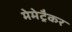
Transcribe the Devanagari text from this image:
मेमेट्रैकर